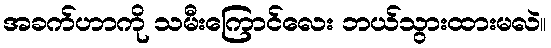
အခက်ဟာကို သမီးကြောင်လေး ဘယ်သွားထားမလဲ။